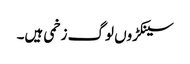
سینکڑوں لوگ زخمی ہیں۔